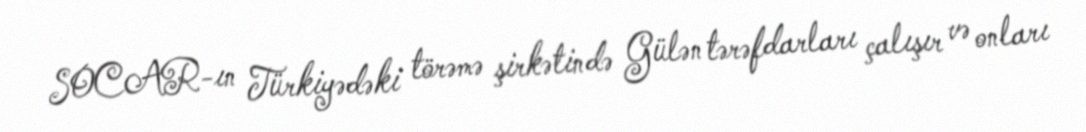
SOCAR-ın Türkiyədəki törəmə şirkətində Gülən tərəfdarları çalışır və onları